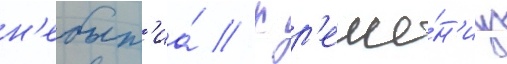
н'ебыт'иа́ // К р'еше́н'иу